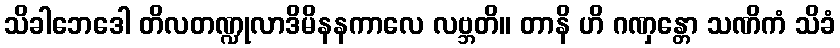
သိခါဘေဒေါ တိလတဏ္ဍုလာဒိမိနနကာလေ လဗ္ဘတိ။ တာနိ ဟိ ဂဏှန္တော သဏိကံ သိခံ